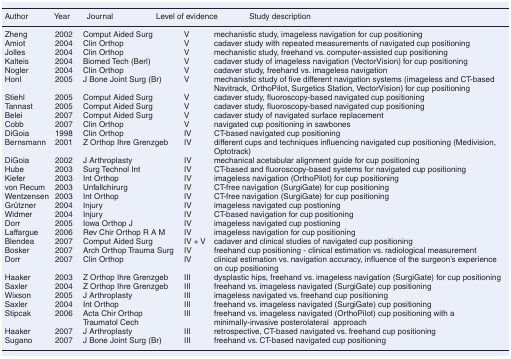
<table><thead><tr><td><b>Author</b></td><td><b>Year</b></td><td><b>Journal</b></td><td><b>Level of evidence</b></td><td><b>Study description</b></td></tr></thead><tbody><tr><td>Zheng</td><td>2002</td><td>Comput Aided Surg</td><td>V</td><td>mechanistic study, imageless navigation for cup positioning</td></tr><tr><td>Amiot</td><td>2004</td><td>Clin Orthop</td><td>V</td><td>cadaver study with repeated measurements of navigated cup positioning</td></tr><tr><td>Jolles</td><td>2004</td><td>Clin Orthop</td><td>V</td><td>mechanistic study, freehand vs. computer-assisted cup positioning</td></tr><tr><td>Kalteis</td><td>2004</td><td>Biomed Tech (Berl)</td><td>V</td><td>cadaver study of imageless navigation (VectorVision) for cup positioning</td></tr><tr><td>Nogler</td><td>2004</td><td>Clin Orthop</td><td>V</td><td>cadaver study, freehand vs. imageless navigation</td></tr><tr><td>Honl</td><td>2005</td><td>J Bone Joint Surg (Br)</td><td>V</td><td>mechanistic study of five different navigation systems (imageless and CT-based Navitrack, OrthoPilot, Surgetics Station, VectorVision) for cup positioning</td></tr><tr><td>Stiehl</td><td>2005</td><td>Comput Aided Surg</td><td>V</td><td>cadaver study, fluoroscopy-based navigated cup positioning</td></tr><tr><td>Tannast</td><td>2005</td><td>Comput Aided Surg</td><td>V</td><td>cadaver study, fluoroscopy-based navigated cup positioning</td></tr><tr><td>Belei</td><td>2007</td><td>Comput Aided Surg</td><td>V</td><td>cadaver study of navigated surface replacement</td></tr><tr><td>Cobb</td><td>2007</td><td>Clin Orthop</td><td>V</td><td>navigated cup positioning in sawbones</td></tr><tr><td>DiGoia</td><td>1998</td><td>Clin Orthop</td><td>IV</td><td>CT-based navigated cup positioning</td></tr><tr><td>Bernsmann</td><td>2001</td><td>Z Orthop Ihre Grenzgeb</td><td>IV</td><td>different cups and techniques influencing navigated cup positioning (Medivision, Optotrack)</td></tr><tr><td>DiGoia</td><td>2002</td><td>J Arthroplasty</td><td>IV</td><td>mechanical acetabular alignment guide for cup positioning</td></tr><tr><td>Hube</td><td>2003</td><td>Surg Technol Int</td><td>IV</td><td>CT-based and fluoroscopy-based systems for navigated cup positioning</td></tr><tr><td>Kiefer</td><td>2003</td><td>Int Orthop</td><td>IV</td><td>imageless navigation (OrthoPilot) for cup positioning</td></tr><tr><td>von Recum</td><td>2003</td><td>Unfallchirurg</td><td>IV</td><td>CT-free navigation (SurgiGate) for cup positioning</td></tr><tr><td>Wentzensen</td><td>2003</td><td>Int Orthop</td><td>IV</td><td>CT-free navigation (SurgiGate) for cup positioning</td></tr><tr><td>Grützner</td><td>2004</td><td>Injury</td><td>IV</td><td>imageless navigated cup postioning</td></tr><tr><td>Widmer</td><td>2004</td><td>Injury</td><td>IV</td><td>CT-based navigation for cup positioning</td></tr><tr><td>Dorr</td><td>2005</td><td>Iowa Orthop J</td><td>IV</td><td>imageless navigated cup postioning</td></tr><tr><td>Laffargue</td><td>2006</td><td>Rev Chir Orthop R A M</td><td>IV</td><td>imageless navigation for cup positioning</td></tr><tr><td>Blendea</td><td>2007</td><td>Comput Aided Surg</td><td>IV + V</td><td>cadaver and clinical studies of navigated cup positioning</td></tr><tr><td>Bosker</td><td>2007</td><td>Arch Orthop Trauma Surg</td><td>IV</td><td>freehand cup positioning - clinical estimation vs. radiological measurement</td></tr><tr><td>Dorr</td><td>2007</td><td>Clin Orthop</td><td>IV</td><td>clinical estimation vs. navigation accuracy, influence of the surgeon&#x27;s experience on cup positioning</td></tr><tr><td>Haaker</td><td>2003</td><td>Z Orthop Ihre Grenzgeb</td><td>III</td><td>dysplastic hips, freehand vs. imageless navigation (SurgiGate) for cup positioning</td></tr><tr><td>Saxler</td><td>2004</td><td>Z Orthop Ihre Grenzgeb</td><td>III</td><td>freehand vs. imageless navigated (SurgiGate) cup positioning</td></tr><tr><td>Wixson</td><td>2005</td><td>J Arthroplasty</td><td>III</td><td>imageless navigated vs. freehand cup positioning</td></tr><tr><td>Saxler</td><td>2004</td><td>Int Orthop</td><td>III</td><td>freehand vs. imageless navigated (SurgiGate) cup positioning</td></tr><tr><td>Stipcak</td><td>2006</td><td>Acta Chir Orthop Traumatol Cech</td><td>III</td><td>freehand vs. imageless navigated (OrthoPilot) cup positioning with a minimally-invasive posterolateral approach</td></tr><tr><td>Haaker</td><td>2007</td><td>J Arthroplasty</td><td>III</td><td>retrospective, CT-based navigated vs. freehand cup positioning</td></tr><tr><td>Sugano</td><td>2007</td><td>J Bone Joint Surg (Br)</td><td>III</td><td>freehand vs. CT-based navigated cup positioning</td></tr></tbody></table>